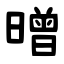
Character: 㬝